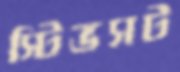
স্টিভসট